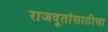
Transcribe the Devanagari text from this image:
राजदूतांसाठीचा